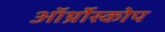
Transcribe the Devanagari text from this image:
ऑर्थ्रोस्कोप